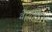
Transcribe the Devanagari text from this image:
वेरामिन